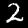
Label: 2